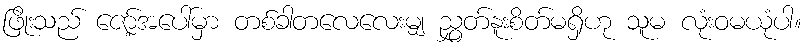
ဖြိုးသည် ဇော့်အပေါ်မှာ တစ်ခါတလေလေးမျှ ညွှတ်နူးစိတ်မရှိဟု သူမ လုံးဝမယုံပါ။